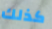
كذلك